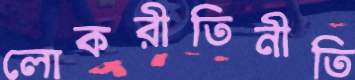
লোকরীতিনীতি